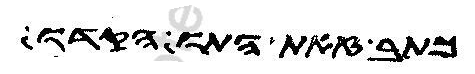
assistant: כתב אלהים הוא